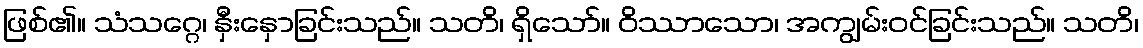
ဖြစ်၏။ သံသဂ္ဂေ၊ နှီးနှောခြင်းသည်။ သတိ၊ ရှိသော်။ ဝိဿာသော၊ အကျွမ်းဝင်ခြင်းသည်။ သတိ၊